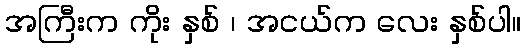
အကြီးက ကိုး နှစ် ၊ အငယ်က လေး နှစ်ပါ။